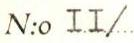
N:o II/